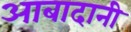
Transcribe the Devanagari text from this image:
आबादानी